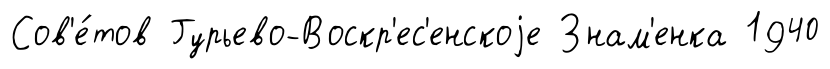
Сов'е́тов Гурьево-Воскр'ес'енскоjе Знам'енка 1940